Report on horse surra - Volume I
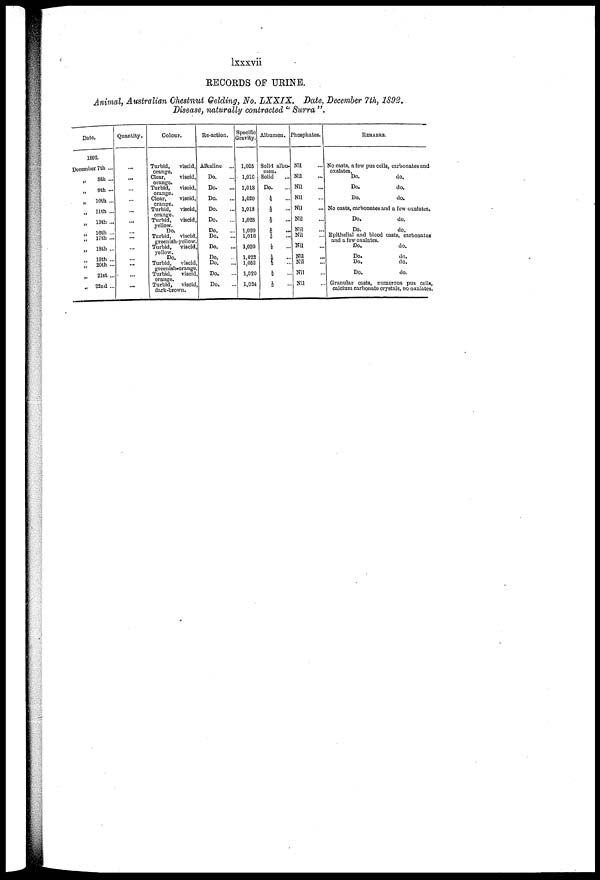
Ixxxvii
RECORDS OF URINE.
Animal, Australian Chestnut Gelding, No. LXXIX. Date, December 7th, 1892.
Disease, naturally contracted " Surra ".
Date.
1892.
December 7th ...
8th ...
„
„ 9th
„
10th ...
„
11th ...
„ 13th...
„ 16th ...
„
17th ...
„ 18th ...
„
19th ...
„
20th ...
„
21st ...
„ 22nd...
Quantity.
...
...
...
...
...
...
...
...
...
.... ...
...
...
Colour.
Turbid,
viscid,
orange.
Clear,
viscid,
orange.
Turbid,
viscid,
orange.
Clear,
viscid,
orange.
Turbid, viscid,
orange.
Turbid,
viscid,
yellow.
Do.
Turbid, viscid,
greenish-yellow.
Turbid, viscid,
yellow.
Do.
Turbid,
viscid
greenish-orange
Turbid, viscid
orange.
Turbid,
viscid
dark-brown.
Re-action.
Alkaline ...
Do.
Do.
Do.
Do.
Do.
Do.
Do.
Do.
Do.
Do.
Do.
Do.
Specific
Sravity.
1,025
1,016
1,018
1,020
1,018
1,028
1,020
1,016
1,020
1,022
1,052
1,020
1,024
Albumen.
Solid albu
men.
Solid
Do.
¼
3
...
1/3 ...
1/6
½
⅓
1/8
1/6
½
⅓
Phosphates. 1
Nil
Nil
Nil
Nil
Nil
Nil
Nil
Nil
Nil
Nil
Nil
Nil
Nil
REMARKS.
No casts, a few pus cells, carbonates and
oxalates.
Do.
do.
Do.
do.
Do.
do.
No casts, carbonates and a few oxalates.
Do.
do.
Do.
do.
Epithelial and blood casts, carbonates
and a few oxalates.
Do.
do.
Do.
do.
Do. do.
Do.
do.
Granular casts, numerous pus cells,
calcium carbonate crystals, no oxalates.